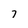
Character: 7